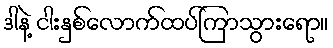
ဒါနဲ့ ငါးနှစ်လောက်ထပ်ကြာသွားရော။